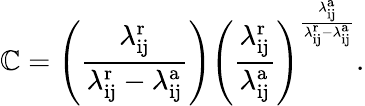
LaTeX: \mathbb{C}=\left(\frac{{\lambda_{\mathrm{{ij}}}^{\mathrm{{r}}}}}{{\lambda_{\mathrm{{ij}}}^{\mathrm{{r}}}-\lambda_{\mathrm{{ij}}}^{\mathrm{{a}}}}}\right){\left(\frac{{\lambda_{\mathrm{{ij}}}^{\mathrm{{r}}}}}{{\lambda_{\mathrm{{ij}}}^{\mathrm{{a}}}}}\right)}^{\frac{{\lambda_{\mathrm{{ij}}}^{\mathrm{{a}}}}}{{\lambda_{\mathrm{{ij}}}^{\mathrm{{r}}}-\lambda_{\mathrm{{ij}}}^{\mathrm{{a}}}}}}.